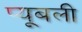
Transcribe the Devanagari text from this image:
प्यूबली